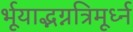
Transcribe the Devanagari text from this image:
र्भूयाद्भग्नत्रिमूर्ध्न